Problem: 72 ÷ 8 = ?
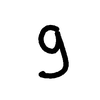
Handwritten answer: 9